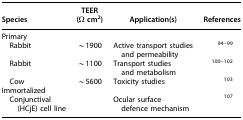
<table><thead><tr><td><b>Species</b></td><td><b>TEER (Ω cm<sup>2</sup>)</b></td><td><b>Application(s)</b></td><td><b>References</b></td></tr></thead><tbody><tr><td colspan="4">Primary</td></tr><tr><td> Rabbit</td><td>∼1900</td><td>Active transport studies and permeability</td><td><sup>94–99</sup></td></tr><tr><td> Rabbit</td><td>∼1100</td><td>Transport studies and metabolism</td><td><sup>100–102</sup></td></tr><tr><td> Cow</td><td>∼5600</td><td>Toxicity studies</td><td><sup>103</sup></td></tr><tr><td colspan="4">Immortalized</td></tr><tr><td> Conjunctival (HCjE) cell line</td><td> </td><td>Ocular surface defence mechanism</td><td><sup>107</sup></td></tr></tbody></table>